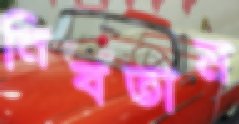
নিবতাম